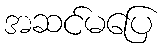
အဆင်မပြေ